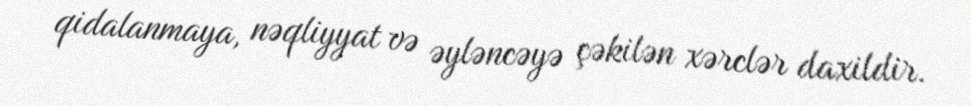
qidalanmaya, nəqliyyat və əyləncəyə çəkilən xərclər daxildir.